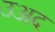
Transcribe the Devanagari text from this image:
उअद